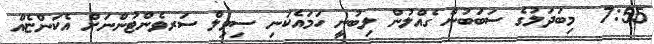
7:55  މިބަދަލުގެ ސަބަބުން ގެއްލުން ލިބުނީ ހަމައެކަނި ސިވިލް ސަރވެންޓުންނަށް އެކަންޏެއް